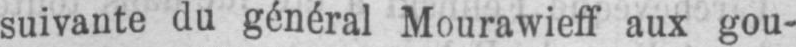
suivante du général Mourawieff aux gou-